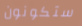
ستكونون